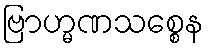
ဗြာဟ္မဏသစ္စေန